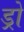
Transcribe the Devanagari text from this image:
ड्रो